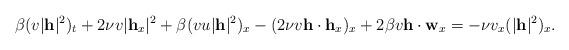
LaTeX: \begin{align*}\beta (v|\mathbf{h}|^2)_t + 2\nu v |\mathbf{h}_x|^2+\beta(v u |\mathbf{h}|^2)_x - (2\nu v \mathbf{h}\cdot\mathbf{h}_x)_x + 2\beta v\mathbf{h}\cdot \mathbf{w}_x=-\nu v_x(|\mathbf{h}|^2)_x.\end{align*}